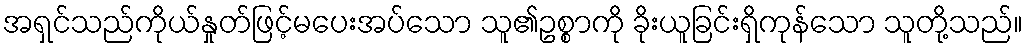
အရှင်သည်ကိုယ်နှုတ်ဖြင့်မပေးအပ်သော သူ၏ဥစ္စာကို ခိုးယူခြင်းရှိကုန်သော သူတို့သည်။